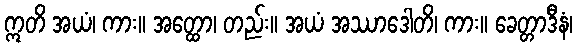
ဣတိ အယံ၊ ကား။ အတ္ထော၊ တည်း။ အယံ အဿာဒေါတိ၊ ကား။ ခေတ္တာဒီနံ၊